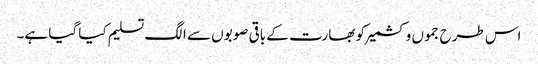
اس طرح جموں وکشمیر کو بھارت کے باقی صوبوں سے الگ تسلیم کیا گیا ہے۔